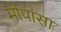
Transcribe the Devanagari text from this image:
मोपांसा